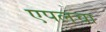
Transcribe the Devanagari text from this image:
एपलचा